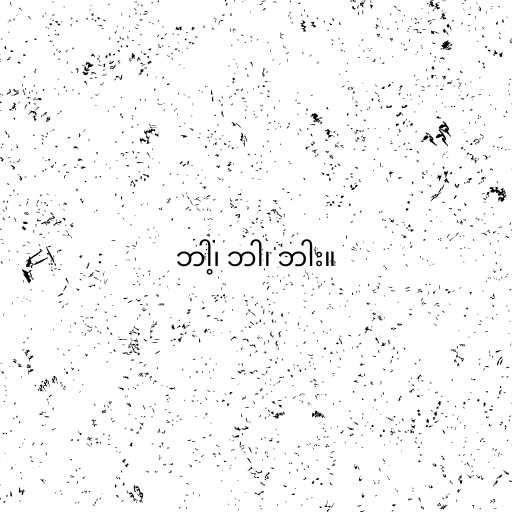
ဘါ့၊ ဘါ၊ ဘါး။